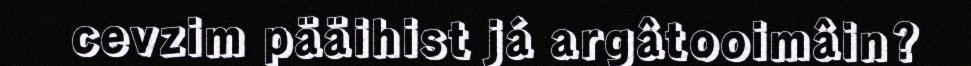
cevzim pääihist já argâtooimâin?